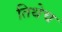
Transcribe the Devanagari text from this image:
तिथेेच